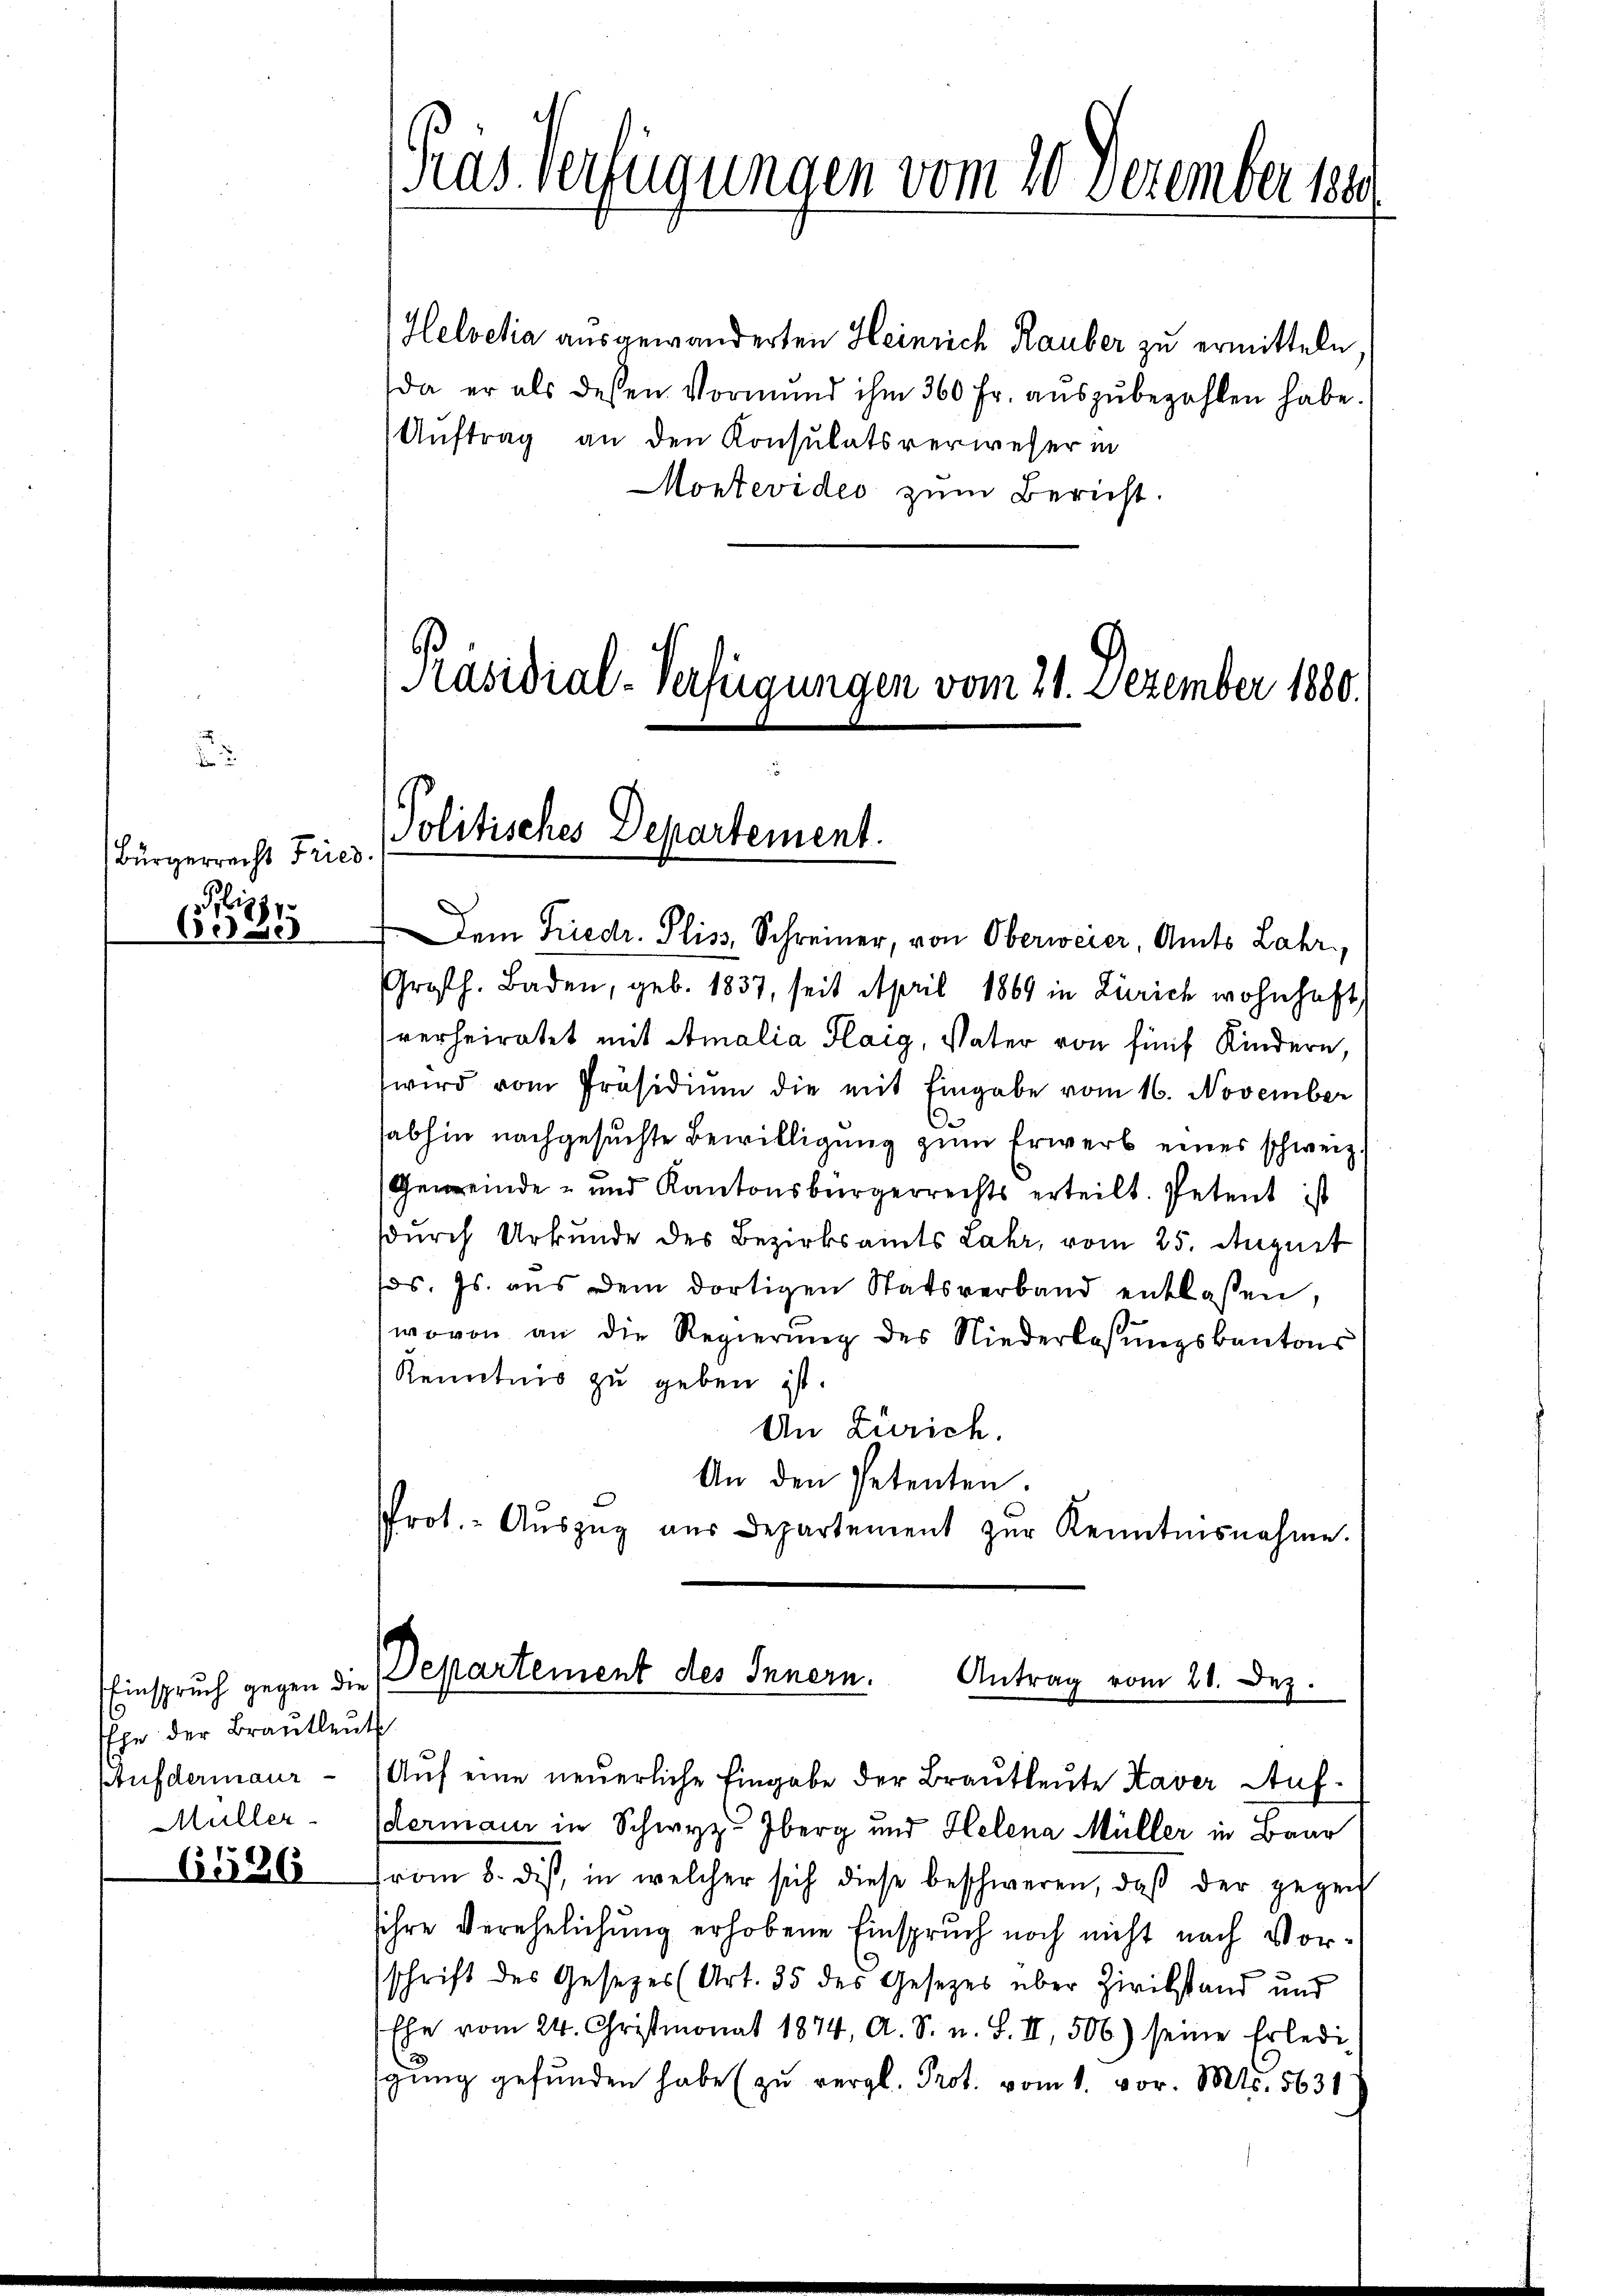
Bürgerrecht Fries
i

edöse

Einspruch gegen die
Ehe der Brautleut
prufdermaur.
Müller

6486

Kas. Verfügungen vom 20 Dezember 1890

Helvetia ausgewanderten Heinrich Rauber zu ermitteln
da er als dessen Vormund ihm 360 Fr. aŭszŭbezahlen habe.
Auftrag an den Konsulatsverweser in
Montevideo zum Bericht.

Präsidial-Verfügungen vom 21. Dezember 1880.
Politisches Departement.

Dem Friedr. Pliss, Schreiner, von Oberweier Amts Lahr
Großh. Baden, geb. 1837, seit April 1869 in Zürich wohnhaft
verheiratet mit Amalia Flaig, Vater von fünf Kindern,
wird vom Präsidiŭm die mit Eingabe vom 16. November
abhin nachgesuchte Bewilligung zum Erwerb eines schweiz.
Gemeinde- und Kantonsbürgerrechts erteilt. Petent ist
sdurch Urkunde des Bezirksamts Lahr, vom 25. August
Jos. Js. aus dem dortigen Statsverband entlassen,
wovon an die Regierŭng des Niederlassŭngskantons
Kenntnis zu geben ist.
An Zürich.
An den Petenten.
Prot.- Aŭszŭg aŭs Departement zŭr Kenntnisnahme.

Departement des Innern. Antrag vom 21. Dez.
Auf eine neuerliche Eingabe der Brautleute Haver Auf¬

dermann in Schwyz berg und Helena Müller in Baar

from 8. dis, in welcher sich diese beschweren, daß der gegen
sihre Verehelichung erhobene Einspruch noch nicht nach Vorschrift des Gesetzes (Art. 35 des Gesetzes über Zivilstand und
Ehe vom 24. Christmonat 1874, A. S. u. S. II, 506) seine Erledi
gŭng gefŭnden habe (zu vergl. Prot. vom 1. vor. Mts. 5631